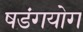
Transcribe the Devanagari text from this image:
षडंगयोग